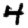
Digit: 4